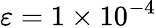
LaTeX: \varepsilon=1\times 10^{-4}